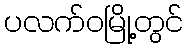
ပလက်ဝမြို့တွင်